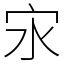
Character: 㲾